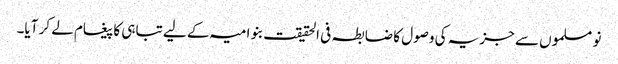
نو مسلموں سے جزیہ کی وصول کا ضابطہ فی الحقیقت بنو امیہ کے لیے تباہی کا پیغام لے کر آیا۔